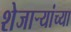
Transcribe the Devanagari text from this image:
शेजाऱ्यांच्या